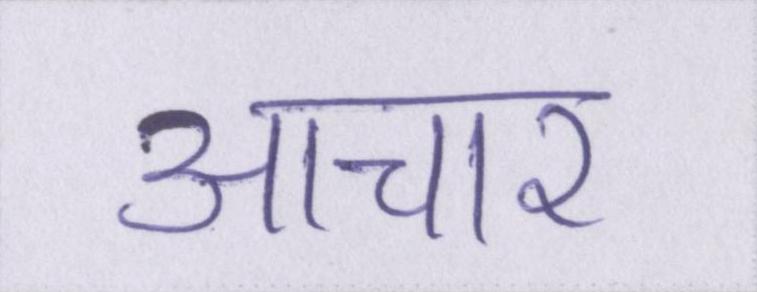
आचार